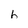
Character: h